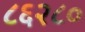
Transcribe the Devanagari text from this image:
८६२८०